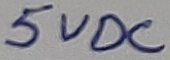
Text: 5VDC